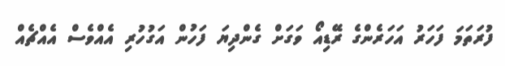
ފުރަތަމަ ފަހަރު އަހަރެންގެ ރޭޑިއޯ ވަގަށް ގެންދިޔަ ފަހުން އަގުހުރި އެއްވެސް އެއްޗެއް